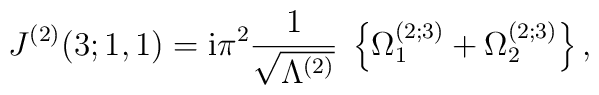
J^{(2)}(3;1,1) = \mbox{i} \pi^2 \frac{1}{\sqrt{\Lambda^{(2)}}} \;\left\{ \Omega_1^{(2;3)} + \Omega_2^{(2;3)} \right\} ,